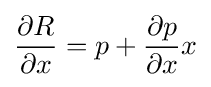
{\frac {\partial R}{\partial x}}=p+{\frac {\partial p}{\partial x}}x